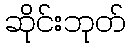
ဆိုင်းဘုတ်